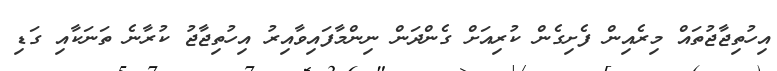
އިހުތިޖާޖުތައް މިރެއިން ފެށިގެން ކުރިއަށް ގެންދަން ނިންމާފައިވާއިރު އިހުތިޖާޖު ކުރާނެ ތަނަކާއި ގަޑި